Civil Veterinary Dept. Bombay admin report 1907-1913 - 1907-1913
Year: 1907
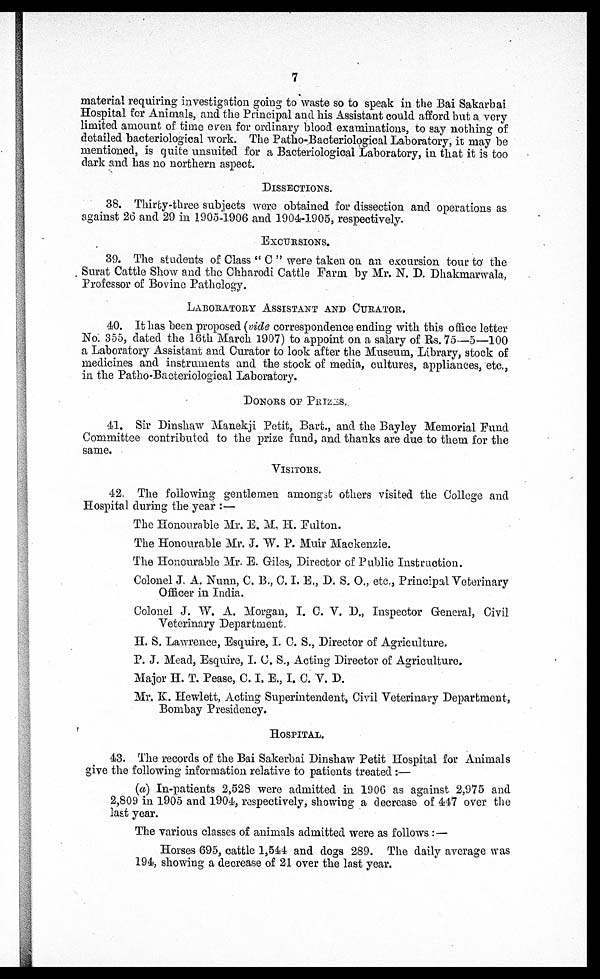
7
material requiring investigation going to waste so to speak in the Bai Sakarbai
Hospital for Animals, and the Principal and his Assistant could afford but a very
limited amount of time even for ordinary blood examinations, to say nothing of
detailed bacteriological work. The Patho-Bacteriological Laboratory, it may be
mentioned, is quite unsuited for a Bacteriological Laboratory, in that it is too
dark and has no northern aspect.
DISSECTIONS.
38. Thirty-three subjects were obtained for dissection and operations as
against 26 and 29 in 1905-1906 and 1904-1905, respectively.
EXCURSIONS.
39. The students of Class "C" were taken on an excursion tour to the
Surat Cattle Show and the Chharodi Cattle Farm by Mr. N. D. Dhakmarwala,
Professor of Bovine Pathology.
LABORATORY ASSISTANT AND CURATOR.
40. It has been proposed (vide correspondence ending with this office letter
No. 355, dated the 16th March 1907) to appoint on a salary of Rs. 75—5—100
a Laboratory Assistant and Curator to look after the Museum, Library, stock of
medicines and instruments and the stock of media, cultures, appliances, etc.,
in the Patho-Bacteriological Laboratory.
DONORS OF PRIZES.
41. Sir Dinshaw Manekji Petit, Bart., and the Bayley Memorial Fund
Committee contributed to the prize fund, and thanks are due to them for the
same.
VISITORS.
42. The following gentlemen amongst others visited the College and
Hospital during the year:—
The Honourable Mr. E. M. H. Fulton.
The Honourable Mr. J. W. P. Muir Mackenzie.
The Honourable Mr. E. Giles, Director of Public Instruction.
Colonel J. A. Nunn, C. B., C. I. E., D. S. O., etc, Principal Veterinary
Officer in India.
Colonel J. W. A. Morgan, I. C. V. D., Inspector General, Civil
Veterinary Department.
H. S. Lawrence, Esquire, I. C. S., Director of Agriculture.
P. J. Mead, Esquire, I. C. S., Acting Director of Agriculture.
Major H. T. Pease, C. I. E., I. C. V. D.
Mr, K. Hewlett, Acting Superintendent, Civil Veterinary Department,
Bombay Presidency.
HOSPITAL.
43. The records of the Bai Sakerbai Dinshaw Petit Hospital for Animals
give the following information relative to patients treated:—
(a) In-patients 2,528 were admitted in 1906 as against 2,975 and
2,809 in 1905 and 1904, respectively, showing a decrease of 447 over the
last year.
The various classes of animals admitted were as follows:—
Horses 695, cattle 1,544 and dogs 289. The daily average was
194, showing a decrease of 21 over the last year.